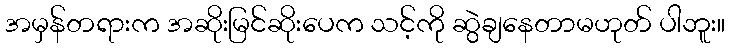
အမှန်တရားက အဆိုးမြင်ဆိုးပေက သင့်ကို ဆွဲချနေတာမဟုတ် ပါဘူး။